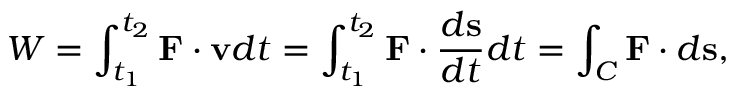
W = \int _ { t _ { 1 } } ^ { t _ { 2 } } \mathbf { F } \cdot \mathbf { v } d t = \int _ { t _ { 1 } } ^ { t _ { 2 } } \mathbf { F } \cdot { \frac { d \mathbf { s } } { d t } } d t = \int _ { C } \mathbf { F } \cdot d \mathbf { s } ,